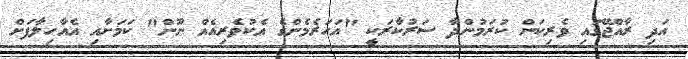
އަދި ރާއްޖޭގައި ވެރިކަން ކުރަމުންދާ ސަރުކާރަކީ "އަހަރެމެންގެ އެކުވެރިއެއް ނޫން" ކަމަށާއި އެއާހިލާފަށް